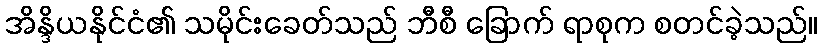
အိန္ဒိယနိုင်ငံ၏ သမိုင်းခေတ်သည် ဘီစီ ခြောက် ရာစုက စတင်ခဲ့သည်။